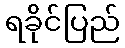
ရခိုင်ပြည်